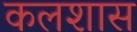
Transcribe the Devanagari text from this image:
कलशास